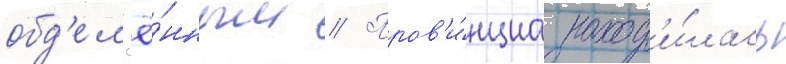
обд'ел'ё́нным // Пров'и́нциа наход'и́лась